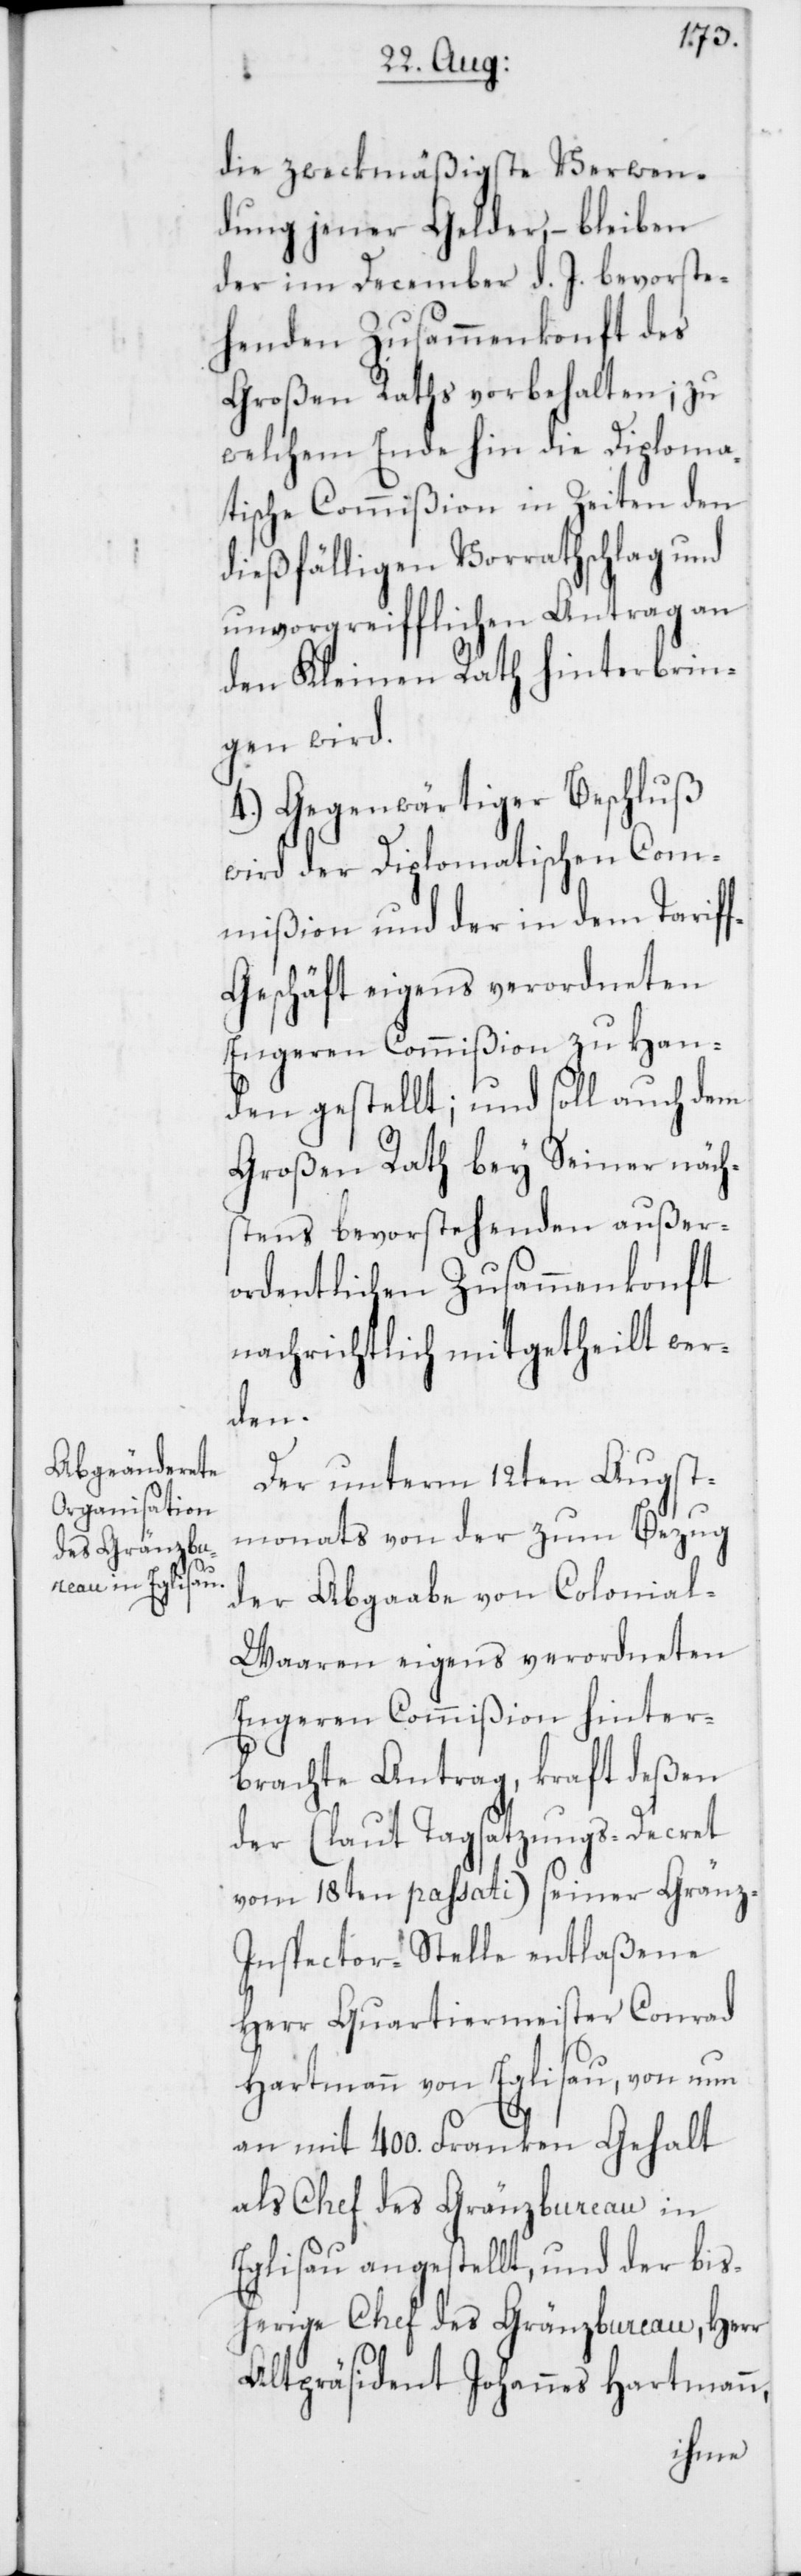
die zweckmäßigste Verwen¬
dung jener Gelder, – bleiben
der im December d. J. bevorste¬
henden Zusammenkonft des
Großen Raths vorbehalten; zu
welchem Ende hin die Diploma¬
tische Commißion in Zeiten den
dießfälligen Vorrathschlag und
unvorgreifflichen Antrag an
den Kleinen Rath hinterbrin¬
gen wird.
4.) Gegenwärtiger Beschluß
wird der Diplomatischen Com¬
mißion und der in dem Tarif¬
f-Geschäft eigens verordneten
Engeren Commißion zu Han¬
den gestellt; und soll auch dem
Großen Rath bey Seiner näch¬
stens bevorstehenden außer¬
ordentlichen Zusammenkonft
nachrichtlich mitgetheilt wer¬
den.
Der unterm 12ten Augst¬
monats von der zum Bezug
der Abgaabe von Colonia¬
l-Waaren eigens verordneten
Engeren Commißion hinter¬
brachte Antrag, kraft deßen
der (laut Tagsatzungs-Decret
vom 18ten passati) seiner Gränz-I¬
nspector-Stelle entlaßene
Herr Quartiermeister Conrad
Hartmann von Eglisau, von nun
an mit 400. Franken Gehalt
als Chef des Gränzbureau in
Eglisau angestellt, und der bis¬
herige Chef des Gränzbureau, Herr
Altpräsident Johannes Hartmann,